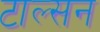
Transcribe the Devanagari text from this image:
टाल्सन